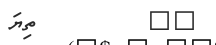
٣٥         ތިޔަ